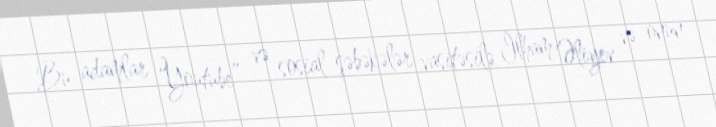
Bu adamlar “Youtube” və sosial şəbəkələr vasitəsilə İlham Əliyev və onun